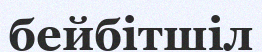
бейбітшіл